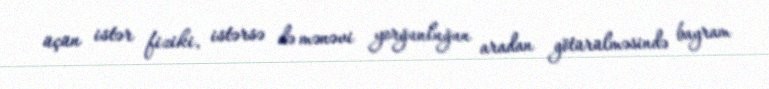
üçün istər fiziki, istərsə də mənəvi yorğunluğun aradan götürülməsində bayram